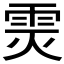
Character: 𲉳